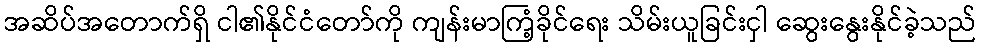
အဆိပ်အတောက်ရှိ ငါ၏နိုင်ငံတော်ကို ကျန်းမာကြံ့ခိုင်ရေး သိမ်းယူခြင်းငှါ ဆွေးနွေးနိုင်ခဲ့သည်